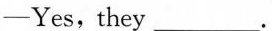
-Yes, they ___.